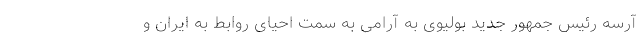
آرسه رئیس جمهور جدید بولیوی به آرامی به سمت احیای روابط به ایران و